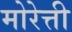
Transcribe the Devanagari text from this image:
मोरेत्ती